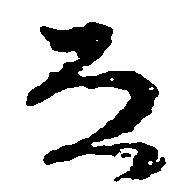
な